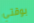
بوقتي